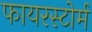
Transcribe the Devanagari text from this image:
फायरस्टोर्म